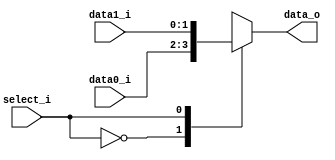
//Subject:     CO project 2 - MUX 221
//--------------------------------------------------------------------------------
//Version:     1
//--------------------------------------------------------------------------------
//Writer:       0516215 ???
//----------------------------------------------
//Date:        
//----------------------------------------------
//Description: 
//--------------------------------------------------------------------------------
     
module MUX_2to1(
               data0_i,
               data1_i,
               select_i,
               data_o
               );

parameter size = 0;			   
			
//I/O ports               
input   [size-1:0] data0_i;          
input   [size-1:0] data1_i;
input              select_i;
output  [size-1:0] data_o; 

//Internal Signals
reg     [size-1:0] data_o;

//Main function
always @(*)begin
	case(select_i)
		1'b0: 	data_o <= data0_i;
		1'b1:	data_o <= data1_i;
	endcase
end
endmodule